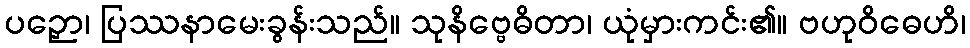
ပဉှော၊ ပြဿနာမေးခွန်းသည်။ သုနိဗ္ဗေဓိတာ၊ ယုံမှားကင်း၏။ ဗဟုဝိဓေဟိ၊